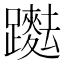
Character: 𨇞